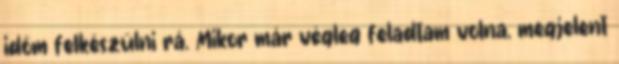
időm felkészülni rá. Mikor már végleg feladtam volna, megjelent